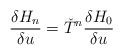
LaTeX: \begin{align*}{\delta H_n \over \delta u}= {\check T}^n{\delta H_0 \over \delta u}\end{align*}